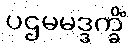
ပဌမမဒ္ဒက္ခိံ